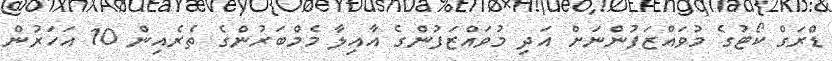
ޑްރަގް ކޯޓުގެ މުވައްޒަފުންނަށް އަދި މުވައްޒަފުންގެ އާއިލާ މެމްބަރުންގެ ތެރެއިން 10 އަހަރުން